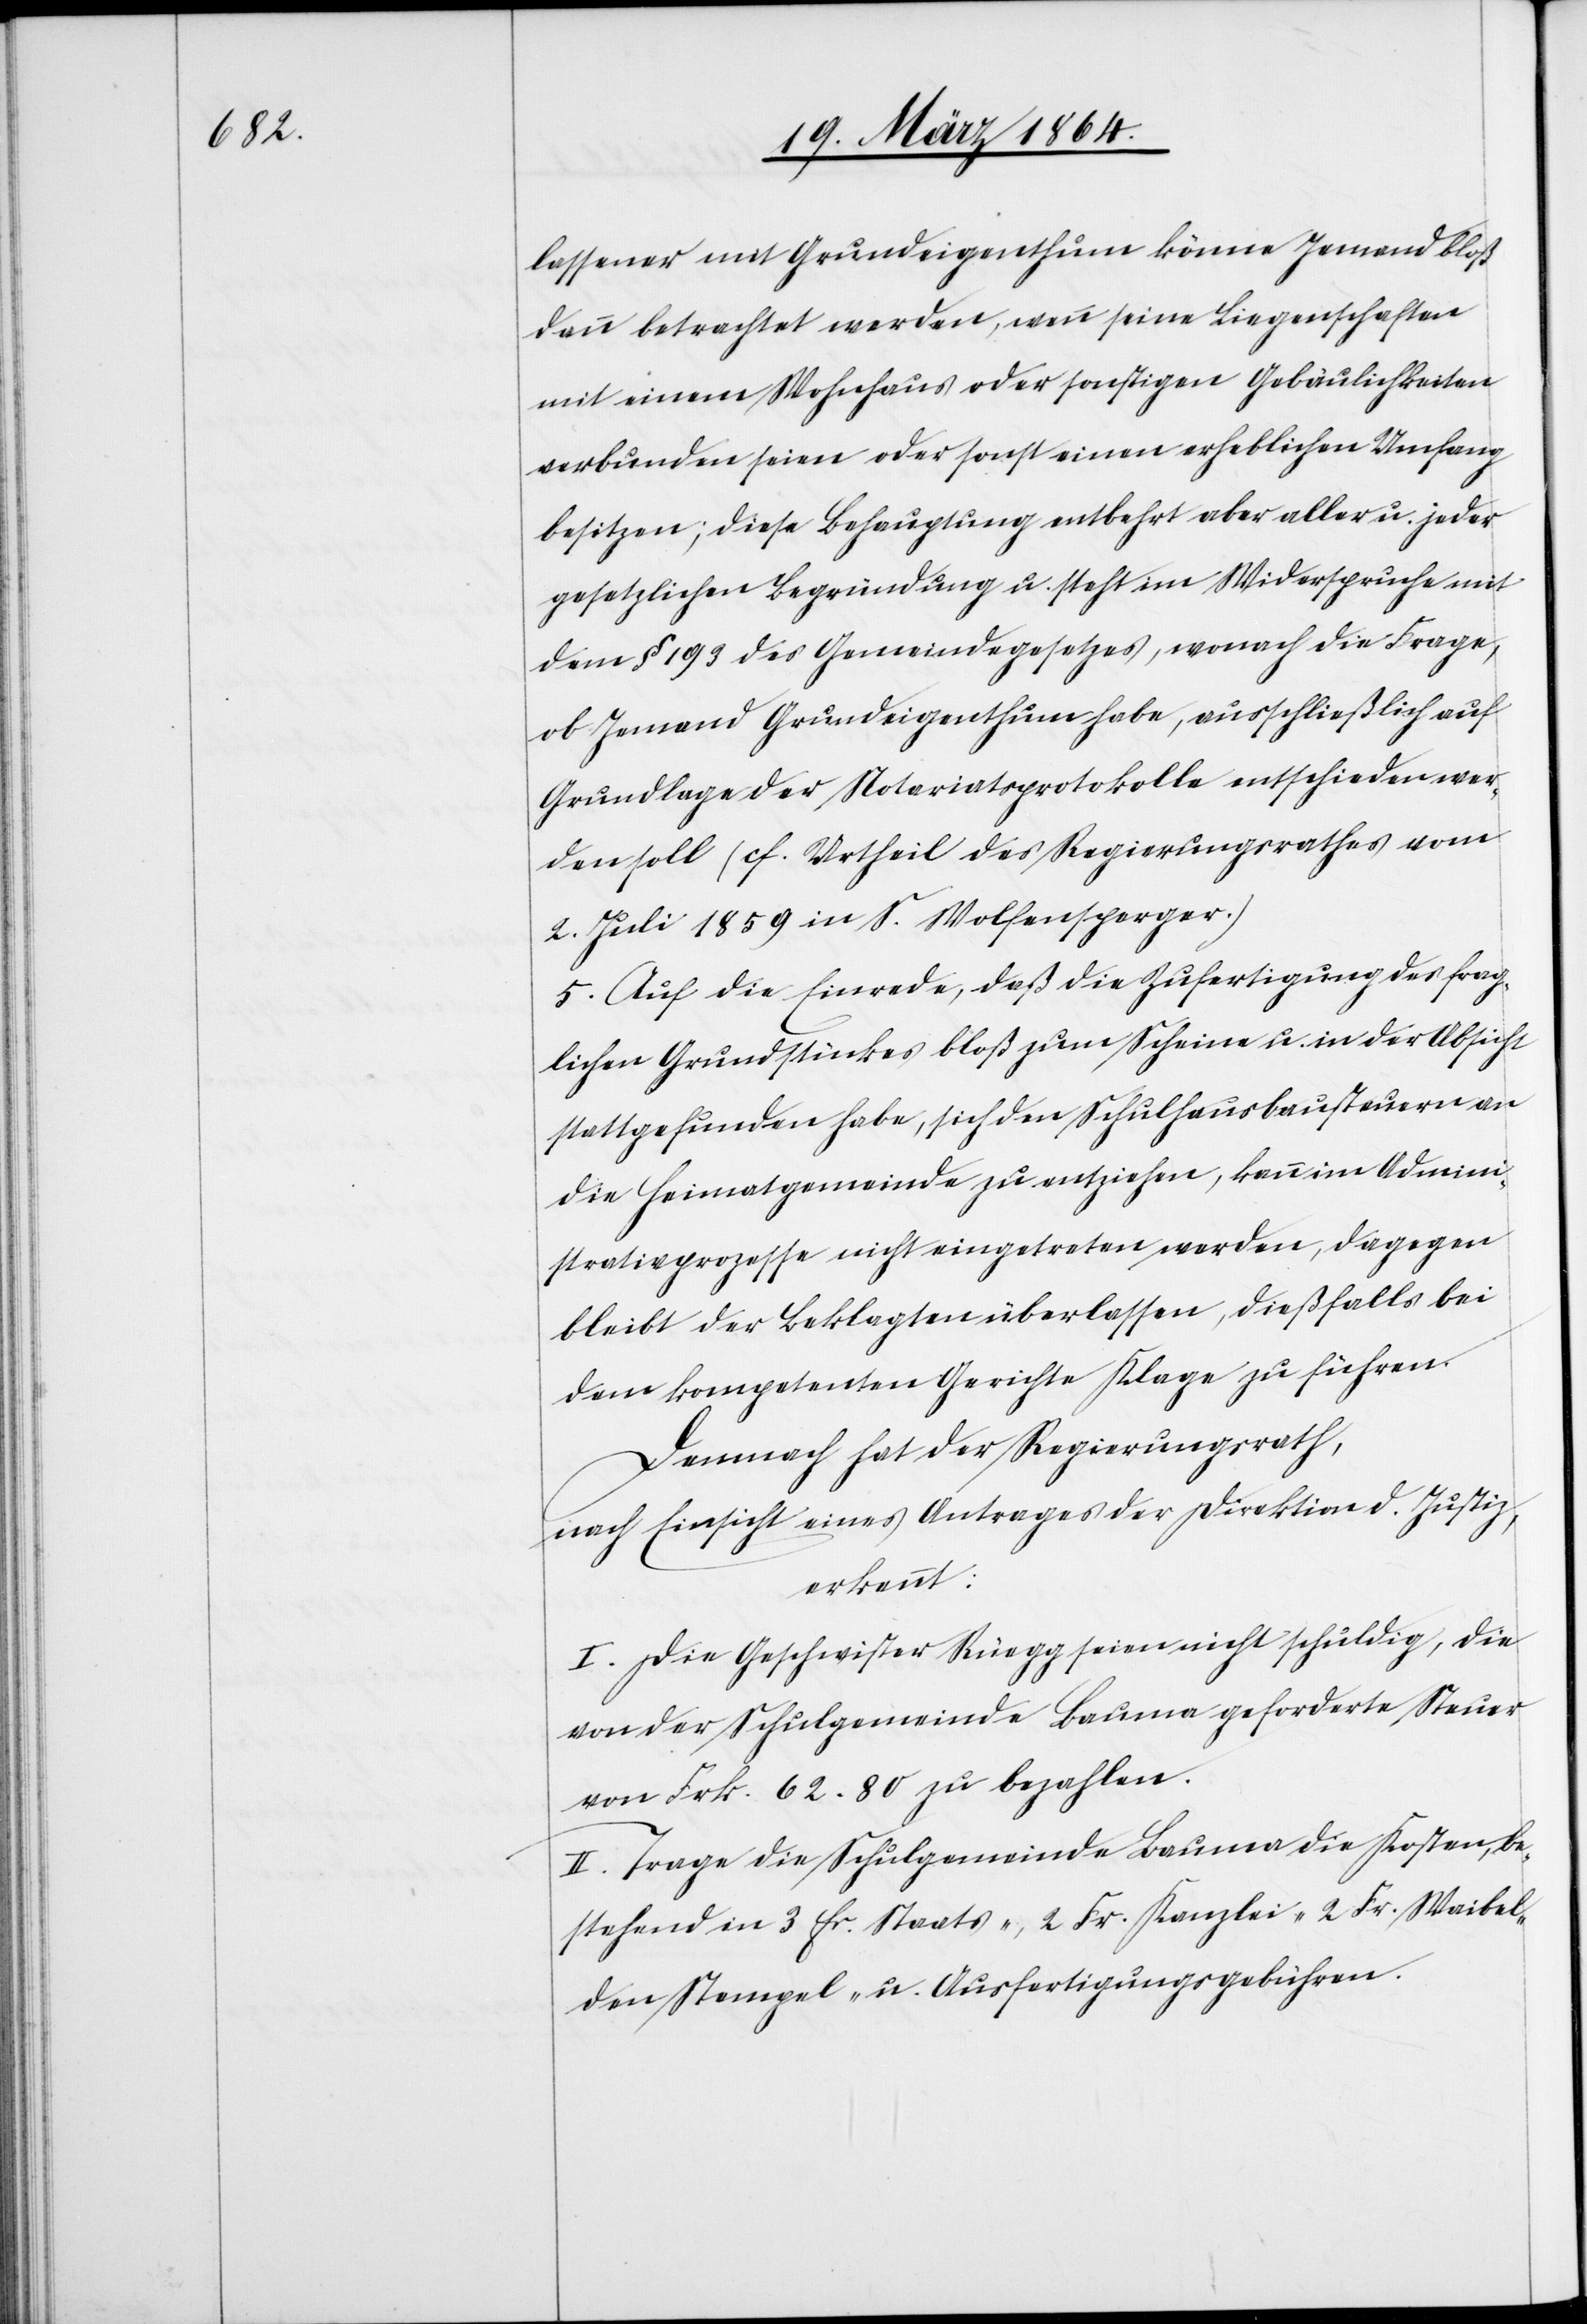
lassener mit Grundeigenthum könne Jemand bloß
dann betrachtet werden, wenn seine Liegenschaften
mit einem Wohnhaus oder sonstigen Gebäulichkeiten
verbunden seien oder sonst einen erheblichen Umfang
besitzen; diese Behauptung entbehrt aber aller u. jeder
gesetzlichen Begründung u. steht im Widerspruche mit
dem § 193 des Gemeindegesetzes, wonach die Frage,
ob Jemand Grundeigenthum habe, ausschließlich auf
Grundlage der Notariatsprotokolle entschieden wer¬
den soll (cf. Urtheil des Regierungsrathes vom
2. Juli 1859 in S. Wolfensperger.)
5. Auf die Einrede, daß die Zufertigung des frag¬
lichen Grundstückes bloß zum Scheine u. in der Absicht
stattgefunden habe, sich den Schulhausbausteuern an
die Heimatgemeinde zu entziehen, kann im Admini¬
strativprozesse nicht eingetreten werden, dagegen
bleibt der Beklagten überlassen, dießfalls bei
dem kompetenten Gerichte Klage zu führen.
Demnach hat der Regierungsrath,
nach Einsicht eines Antrages der Direktion d. Justiz,
erkannt:
I. Die Geschwister Rüegg seien nicht schuldig, die
von der Schulgemeinde Bauma geforderte Steuer
von Frk. 62.80 zu bezahlen.
II. Trage die Schulgemeinde Bauma die Kosten, be¬
stehend in 3 fr. Staats-, 2 Fr. Kanzlei-[,] 2 Fr. Weibel-[,]
den Stempel- u. Ausfertigungsgebühren.